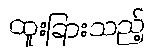
ထူးခြားသည့်